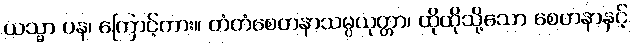
ယသ္မာ ပန၊ ကြောင့်ကား။ တံတံစေတနာသမ္ပယုတ္တာ၊ ထိုထိုသို့သော စေတနာနှင့်